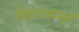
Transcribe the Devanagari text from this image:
विषादप्यामृतं